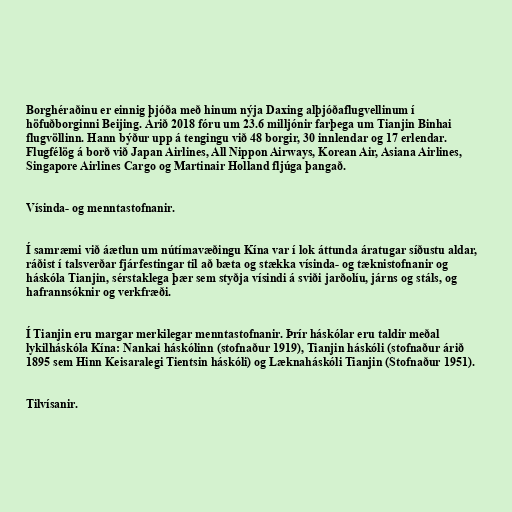
Borghéraðinu er einnig þjóða með hinum nýja Daxing alþjóðaflugvellinum í
höfuðborginni Beijing. Árið 2018 fóru um 23.6 milljónir farþega um Tianjin Binhai
flugvöllinn. Hann býður upp á tengingu við 48 borgir, 30 innlendar og 17 erlendar.
Flugfélög á borð við Japan Airlines, All Nippon Airways, Korean Air, Asiana Airlines,
Singapore Airlines Cargo og Martinair Holland fljúga þangað.

Vísinda- og menntastofnanir.

Í samræmi við áætlun um nútímavæðingu Kína var í lok áttunda áratugar síðustu aldar,
ráðist í talsverðar fjárfestingar til að bæta og stækka vísinda- og tæknistofnanir og
háskóla Tianjin, sérstaklega þær sem styðja vísindi á sviði jarðolíu, járns og stáls, og
hafrannsóknir og verkfræði.

Í Tianjin eru margar merkilegar menntastofnanir. Þrír háskólar eru taldir meðal
lykilháskóla Kína: Nankai háskólinn (stofnaður 1919), Tianjin háskóli (stofnaður árið
1895 sem Hinn Keisaralegi Tientsin háskóli) og Læknaháskóli Tianjin (Stofnaður 1951).

Tilvísanir.